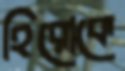
হিরোকে